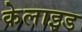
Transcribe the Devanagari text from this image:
केलाइड